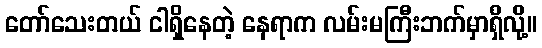
တော်သေးတယ် ငါရှိနေတဲ့ နေရာက လမ်းမကြီးဘက်မှာရှိလို့။